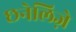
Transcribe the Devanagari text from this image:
छनेलिज़े